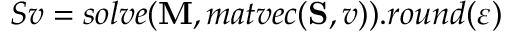
S v = s o l v e ( \mathbf { M } , m a t v e c ( \mathbf { S } , v ) ) . r o u n d ( \varepsilon )